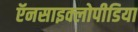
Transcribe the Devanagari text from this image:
ऍनसाइक्लोपीडिया